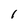
Character: 1